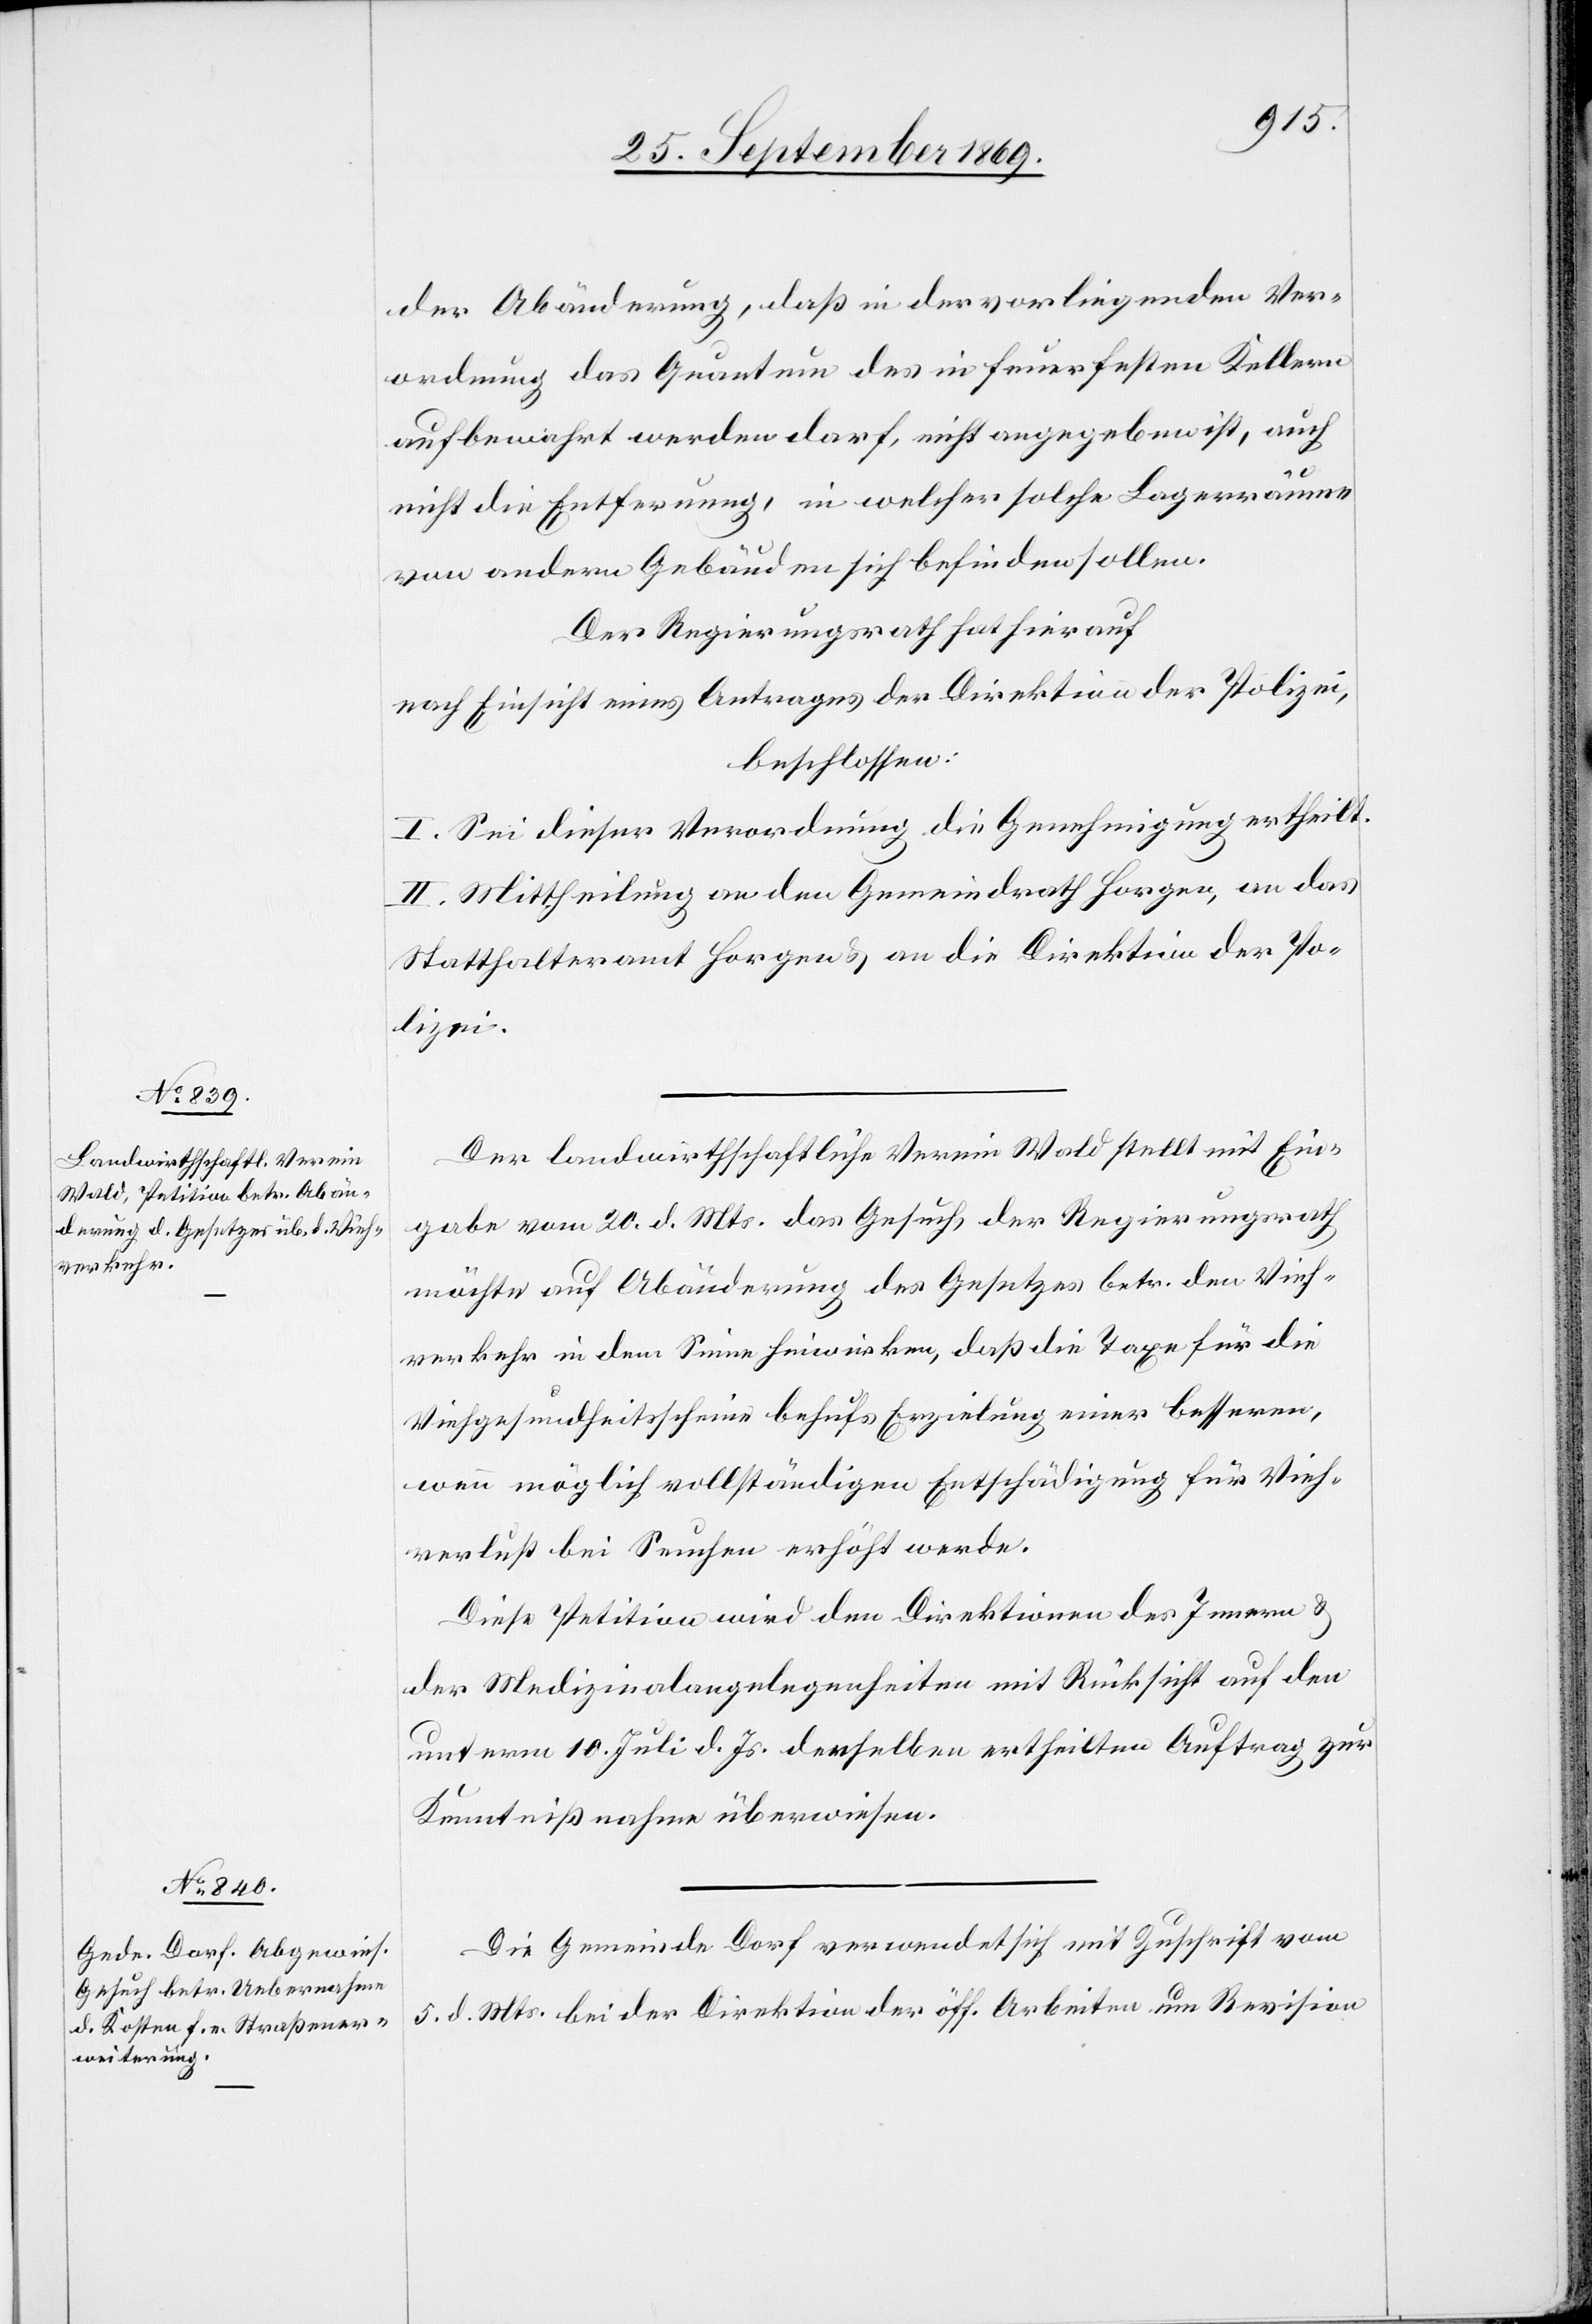
der Abänderung, daß in der vorliegenden Ver¬
ordnung das Quantum des [recte: das] in feuerfesten Kellern
aufbewahrt werden darf, nicht angegeben ist, auch
nicht die Entfernung, in welcher solche Lagerräume
von andern Gebäuden sich befinden sollen.
Der Regierungsrath hat hierauf
nach Einsicht eines Antrages der Direktion der Polizei,
beschlossen:
I. Sei dieser Verordnung die Genehmigung ertheilt.
II. Mittheilung an den Gemeindrath Horgen, an das
Statthalteramt Horgen & an die Direktion der Po¬
lizei.
Der landwirthschaftliche Verein Wald stellt mit Ein¬
gabe vom 20. d. Mts. das Gesuch, der Regierungsrath
möchte auf Abänderung des Gesetzes betr. den Vieh¬
verkehr in dem Sinne hinwirken, daß die Taxe für die
Viehgesundheitsscheine behufs Erzielung einer besseren,
wenn möglich vollständigen Entschädigung für Vieh¬
verlust bei Seuchen erhöht werde.
Diese Petition wird den Direktionen des Innern &
der Medizinalangelegenheiten mit Rücksicht auf den
unterm 10. Juli d. Js. denselben ertheilten Auftrag zur
Kenntnißnahme überwiesen.
Die Gemeinde Dorf verwendet sich mit Zuschrift vom
5. d. Mts. bei der Direktion der öff. Arbeiten um Revision